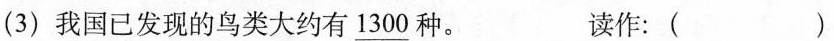
(3) 我国已发现的鸟类大约有\underline{1300}种。 读作：()